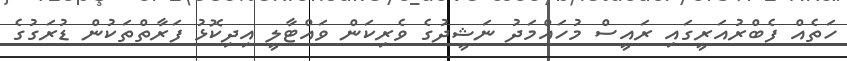
ހަތެއް ފެބްރުއަރީގައި ރައީސް މުހައްމަދު ނަޝީދުގެ ވެރިކަން ވައްޓާލީ އިދިކޮޅު ފަރާތްތަކުން ޑުރަގުގެ